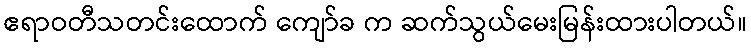
ဧရာဝတီသတင်းထောက် ကျော်ခ က ဆက်သွယ်မေးမြန်းထားပါတယ်။